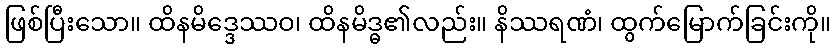
ဖြစ်ပြီးသော။ ထိနမိဒ္ဒေဿဝ၊ ထိနမိဒ္ဓ၏လည်း။ နိဿရဏံ၊ ထွက်မြောက်ခြင်းကို။